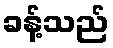
ခန့်သည်